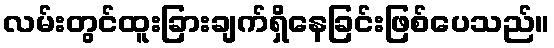
လမ်းတွင်ထူးခြားချက်ရှိနေခြင်းဖြစ်ပေသည်။